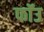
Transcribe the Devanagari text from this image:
फॉउ